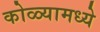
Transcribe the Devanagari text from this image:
कोळ्यामध्ये